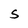
Character: S